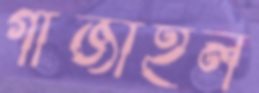
গাঁজাইল